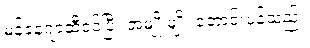
မန်နေဂျာဆီဝင်ပြီး အမျိုးမျိုး တောင်းပန်သည်။